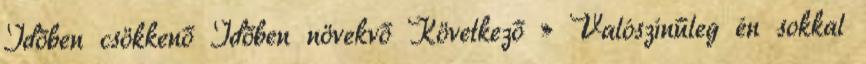
Időben csökkenő Időben növekvő Következő » Valószínűleg én sokkal